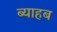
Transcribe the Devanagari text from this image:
ब्याहब